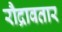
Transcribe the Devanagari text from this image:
रौद्रावतार